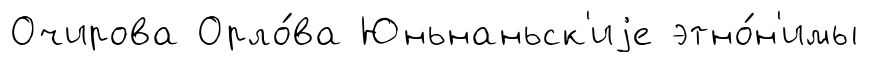
Очирова Орло́ва Юньнаньск'иjе этно́н'имы